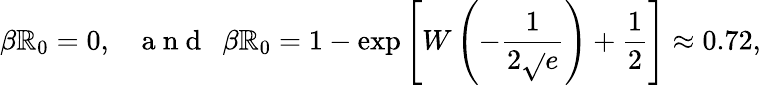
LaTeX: \beta\mathbb{R}_{0}=0,~~~\mathrm{{~a~n~d~}}~~\beta\mathbb{R}_{0}=1-\exp\left[W\left(-\frac{{1}}{{2\sqrt{}{{e}}}}\right)+\frac{{1}}{{2}}\right]\approx0.72,